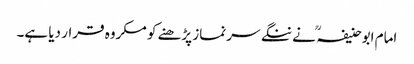
امام ابوحنیفہ ؒ نے ننگے سر نماز پڑھنے کو مکروہ قرار دیا ہے۔